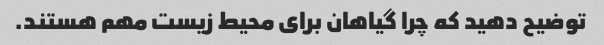
توضیح دهید که چرا گیاهان برای محیط زیست مهم هستند.